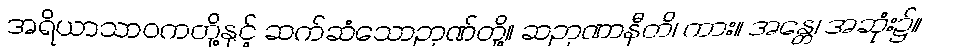
အရိယာသာဝကတို့နှင့် ဆက်ဆံသောဉာဏ်တို့။ ဆဉာဏာနီတိ၊ ကား။ အန္တေ၊ အဆုံး၌။